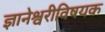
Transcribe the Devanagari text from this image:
ज्ञानेश्वरीविषयक